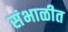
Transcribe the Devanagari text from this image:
संभाळीत